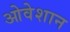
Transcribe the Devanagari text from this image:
ओवेशान